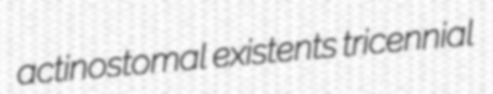
actinostomal existents tricennial